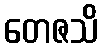
တေဇသိ